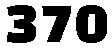
370